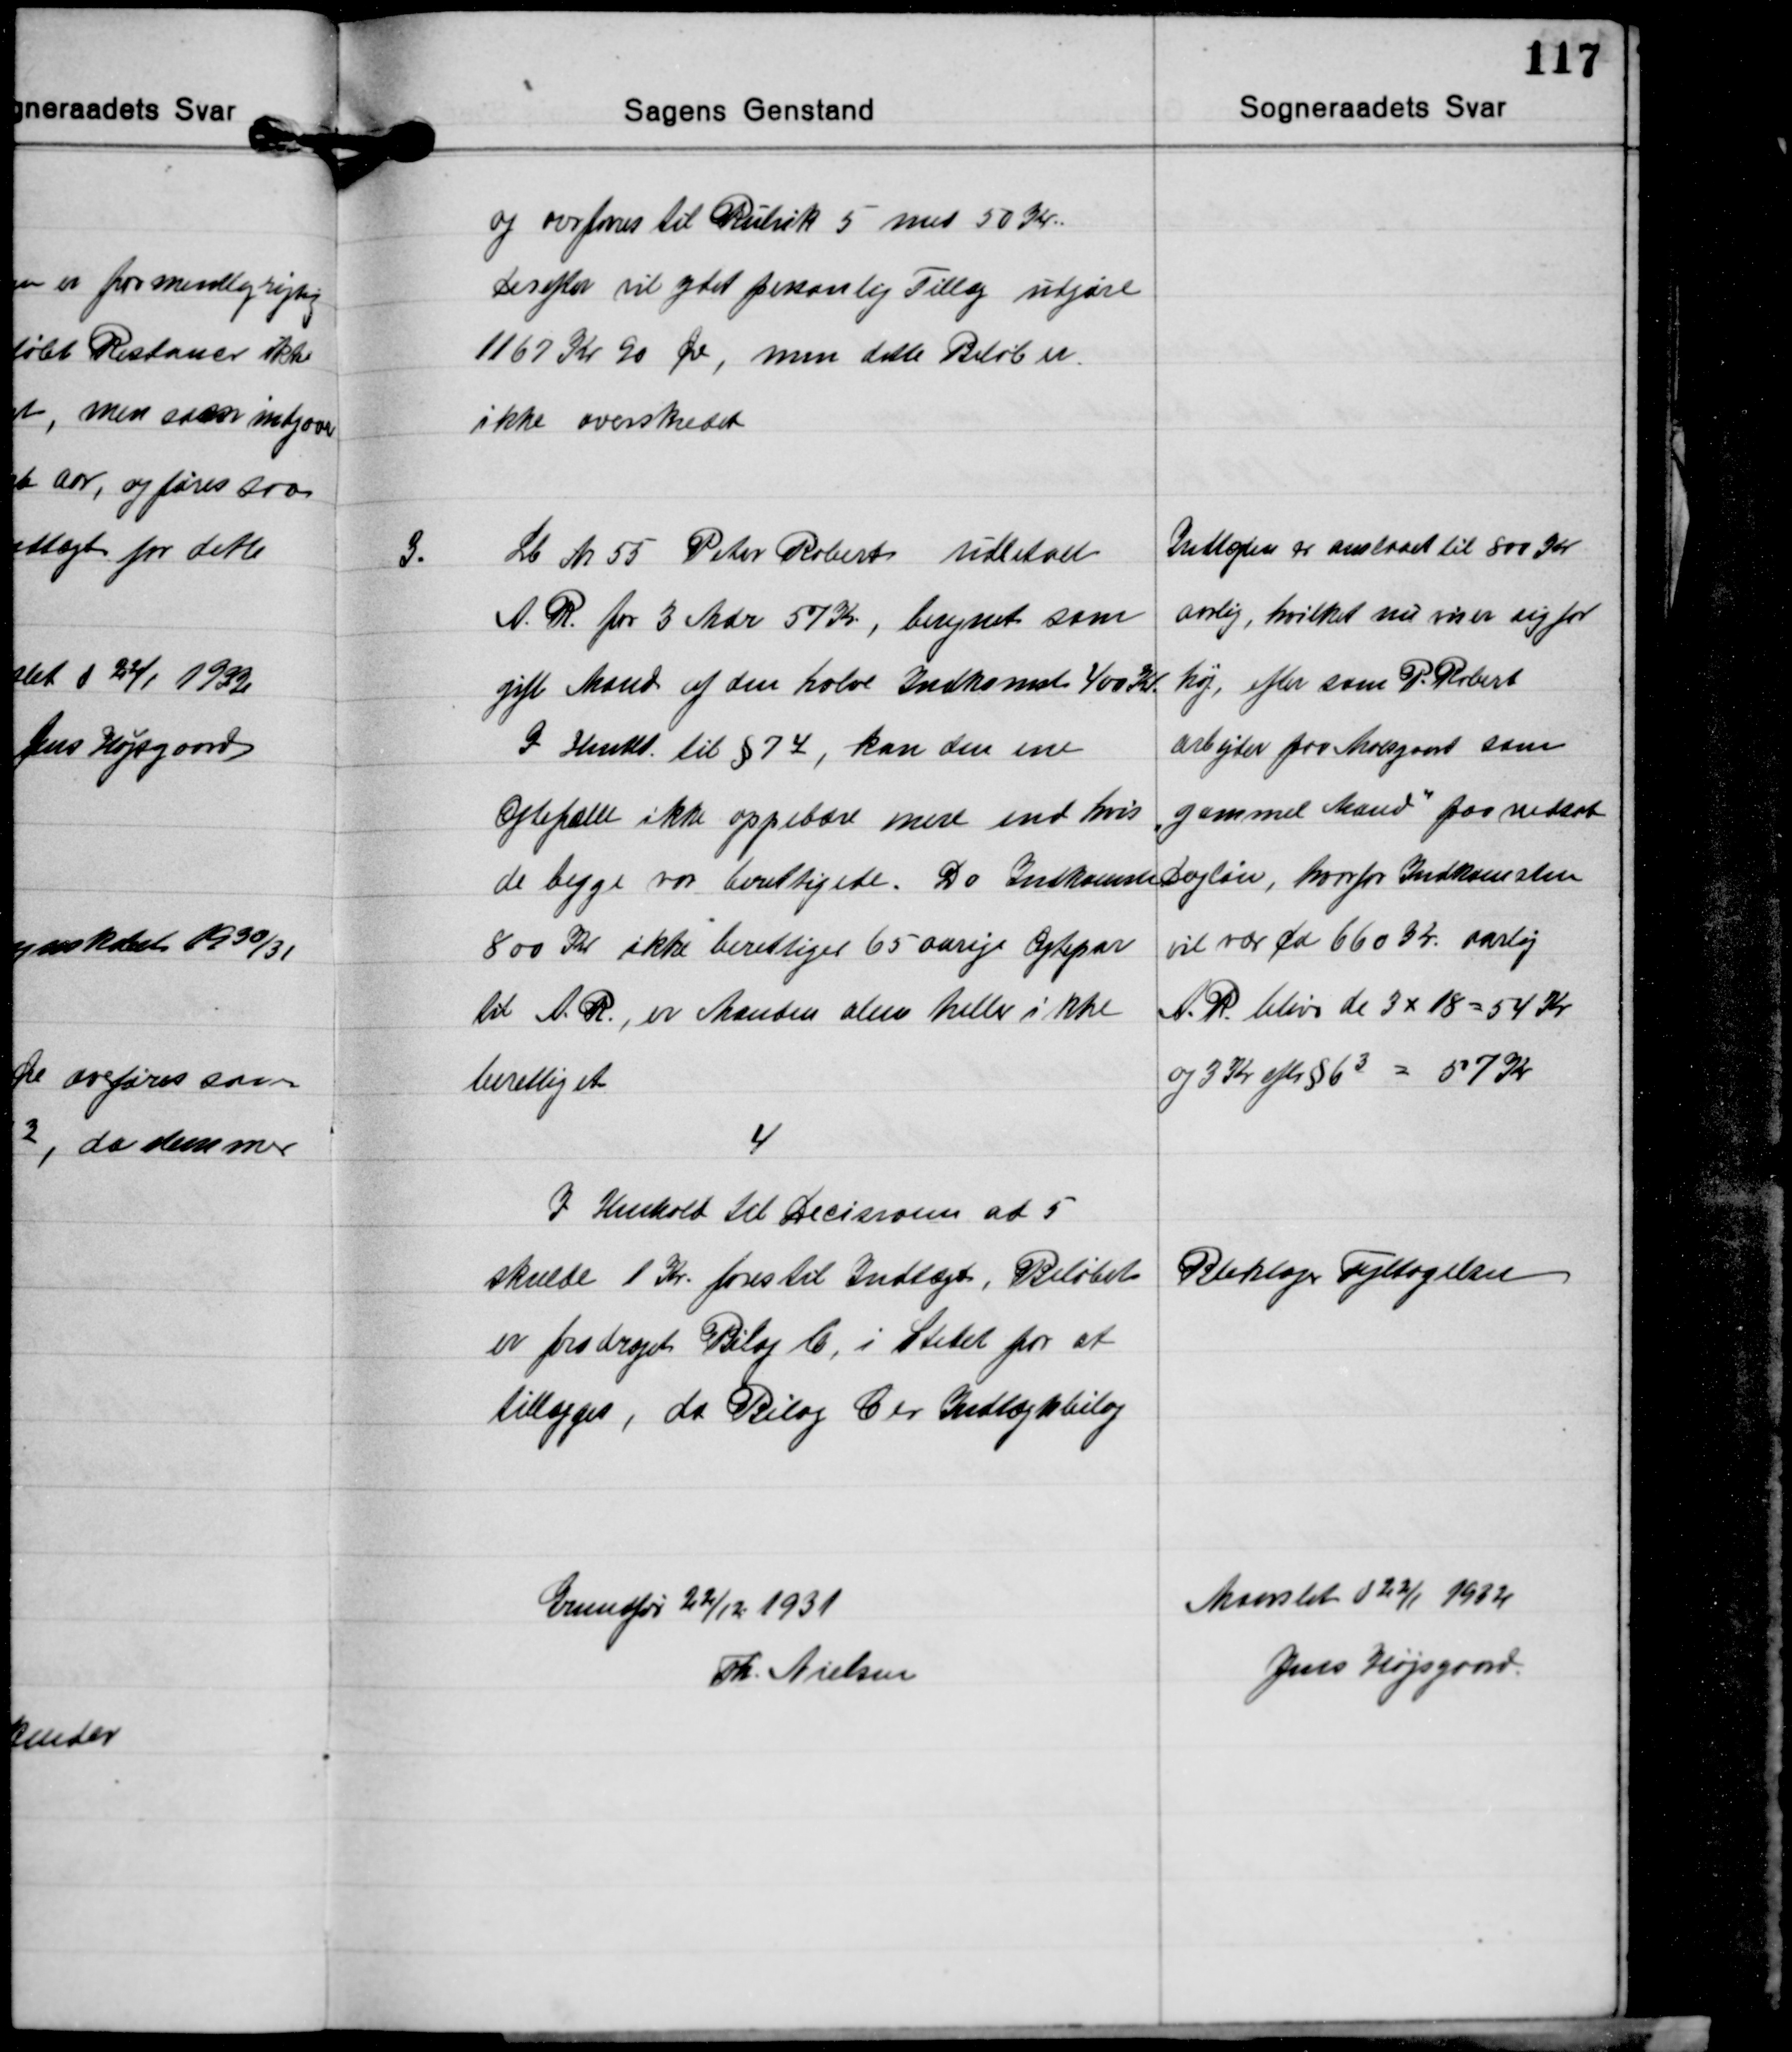
Transskription:
og overføres til Rubrik 5 med 50 Kr.
Derefter vil ydet personlig Tillæg udgøre
1167 Kr. 90 Øre, men dette Beløb er
ikke overskredet.

3.
Lb. Nr. 55 Peter Roberts udbetalt
A. R. for 3 Mdr. 57 Kr., beregnet som
gift Mand af den halve Indkomst 400 Kr.
I Henhld. til § 74, kan den ene
Ægtefælle ikke oppebære mere end hvis
de begge var berettigede. Da Indkomsten
800 Kr. ikke berettiger 65 aarige Ægtepar
til A. R., er Manden alene heller ikke
berettiget.

Indtægten er anslaaet til 800 Kr
Aalig, hvilket nu viser sig for
høj, efter som P. Robert
arbejder paa Moesgaard som
"gammel Mand" for nedsat
Dagløn, hvorfor Indkomsten
vil være ca. 660 Kr. Aarlig
A. R. bliver de 3 x 18 = 54 Kr.
og 3 Kr efter § 63 = 57 Kr.

4
I Henhold til Decisionen ad 5
skulde 1 Kr. føres til Indtægt, Beløbet
er fradraget Bilag b, i Stedet for at
tillægges, da Bilag C er Indtægtsbilag

Bleklager Fejltagelsen

Grundfør 22/12 1931
Th. Nielsen

Maarslet d. 22/1 1932
Jens Højsgaard